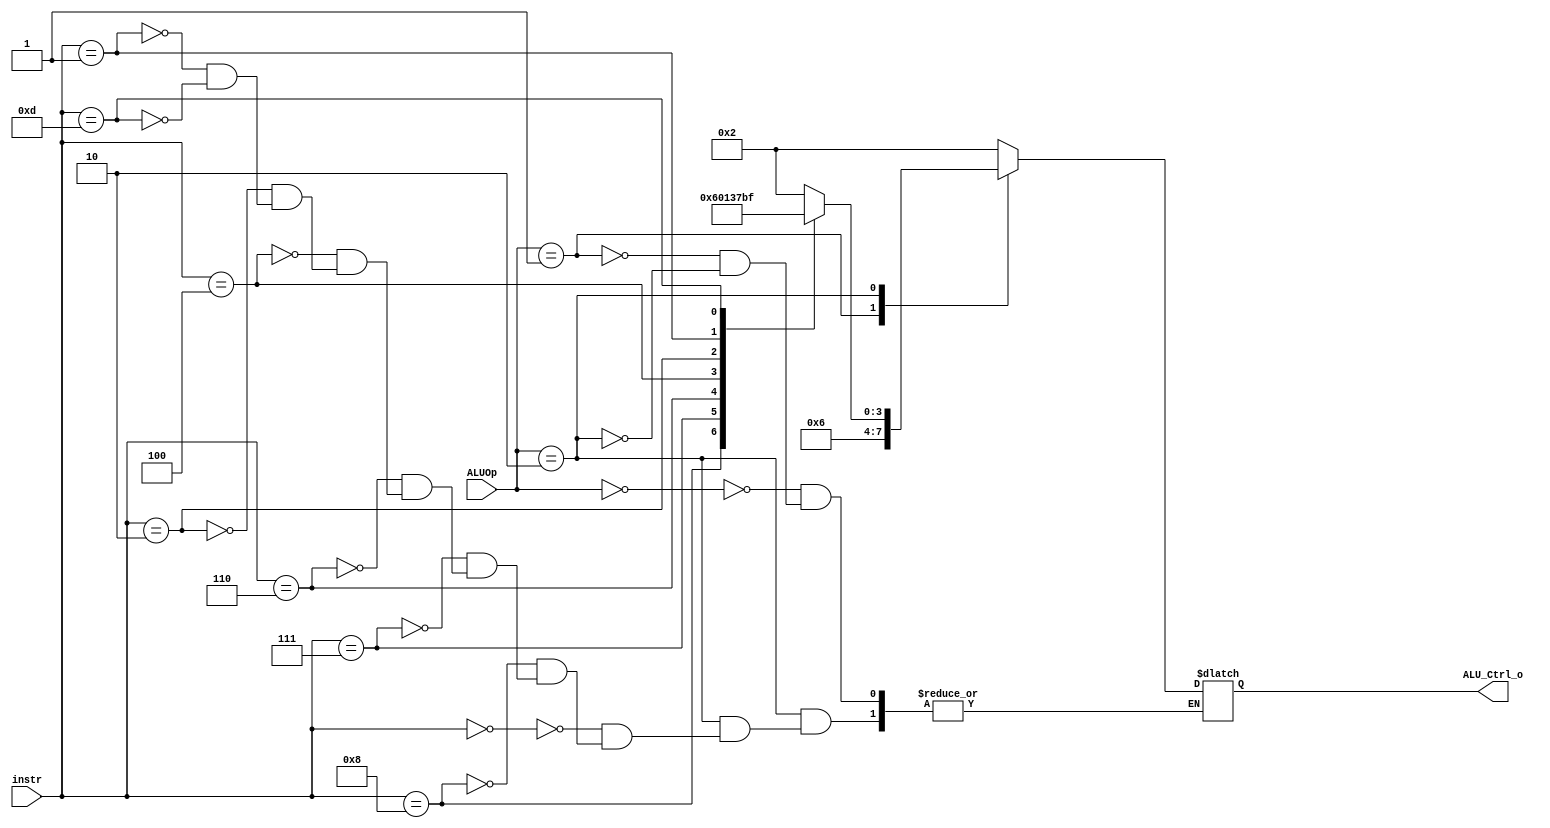
/***************************************************
Student Name:  a Ps
Student ID:  0816012 0816028
***************************************************/

`timescale 1ns/1ps

module ALU_Ctrl(
	input	[4-1:0]	instr,
	input	[2-1:0]	ALUOp,
	output	reg [4-1:0] ALU_Ctrl_o
	);
	
/* Write your code HERE */
  always@ (*) begin
    case(ALUOp)
	  2'b00: ALU_Ctrl_o = 4'b0010;
	  2'b01: ALU_Ctrl_o = 4'b0110;
	  2'b10: begin
	    case(instr)
		  4'b0000: ALU_Ctrl_o = 4'b0010;
		  4'b1000: ALU_Ctrl_o = 4'b0110;
		  4'b0111: ALU_Ctrl_o = 4'b0000;
		  4'b0110: ALU_Ctrl_o = 4'b0001;
		  4'b0100: ALU_Ctrl_o = 4'b0011;
		  4'b0010: ALU_Ctrl_o = 4'b0111;
		  4'b0001: ALU_Ctrl_o = 4'b1011;
		  4'b1101: ALU_Ctrl_o = 4'b1111;
		endcase
	  end
	endcase
  end

endmodule